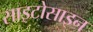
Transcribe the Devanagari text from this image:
साइटोसाइन